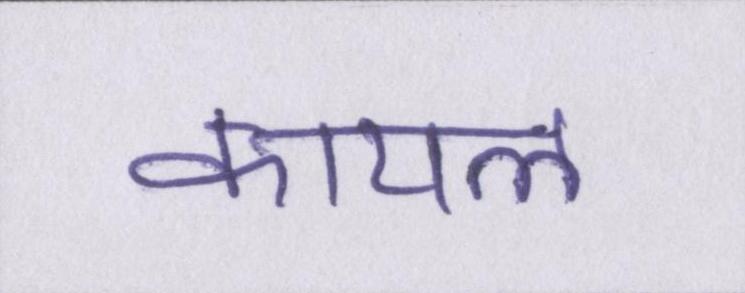
कायल